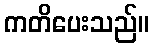
ကတိပေးသည်။